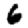
Digit: 6